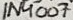
Text: 1N4007